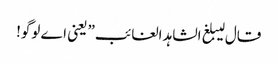
قال لیبلغ الشاہد الغائب” یعنی اے لوگو!